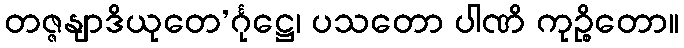
တဇ္ဇနျာဒိယုတေ’င်္ဂုဋ္ဌေ၊ ပသတော ပါဏိ ကုဉ္စိတော။